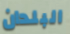
البلدان